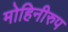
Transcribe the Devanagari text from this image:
मोहिनीरुप